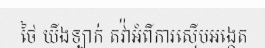
ថៃ យីងឡាក់ តវ៉ាអំពីការស៊ើបអង្កេត